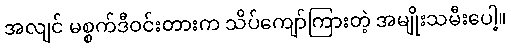
အလျင် မစ္စက်ဒီဝင်းတားက သိပ်ကျော်ကြားတဲ့ အမျိုးသမီးပေါ့။